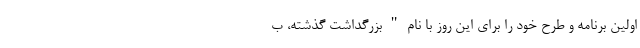
اولین برنامه و طرح خود را برای این روز با نام " بزرگداشت گذشته، ب